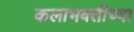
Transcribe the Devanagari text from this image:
कलाभक्तीच्या